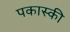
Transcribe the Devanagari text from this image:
पकास्की